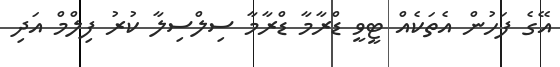
އޭގެ ފަހުން އެތަކެއް ޓީވީ ޑްރާމާ ޑްރާމާ ސިލްސިލާ ކުރު ފިލްމް އަދި